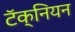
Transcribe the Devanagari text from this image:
टॅक्नियन